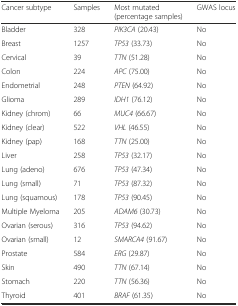
| Cancer subtype | Samples | Most mutated (percentage samples) | GWAS locus |
 | --- | --- | --- | --- |
 | Bladder | 328 | PIK3CA (20.43) | No |
 | Breast | 1257 | TP53 (33.73) | No |
 | Cervical | 39 | TTN (51.28) | No |
 | Colon | 224 | APC (75.00) | No |
 | Endometrial | 248 | PTEN (64.92) | No |
 | Glioma | 289 | IDH1 (76.12) | No |
 | Kidney (chrom) | 66 | MUC4 (66.67) | No |
 | Kidney (clear) | 522 | VHL (46.55) | No |
 | Kidney (pap) | 168 | TTN (25.00) | No |
 | Liver | 258 | TP53 (32.17) | No |
 | Lung (adeno) | 676 | TP53 (47.34) | No |
 | Lung (small) | 71 | TP53 (87.32) | No |
 | Lung (squamous) | 178 | TP53 (90.45) | No |
 | Multiple Myeloma | 205 | ADAM6 (30.73) | No |
 | Ovarian (serous) | 316 | TP53 (94.62) | No |
 | Ovarian (small) | 12 | SMARCA4 (91.67) | No |
 | Prostate | 584 | ERG (29.87) | No |
 | Skin | 490 | TTN (67.14) | No |
 | Stomach | 220 | TTN (56.36) | No |
 | Thyroid | 401 | BRAF (61.35) | No |